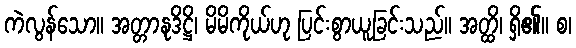
ကဲလွန်သော။ အတ္တာနုဒိဋ္ဌိ၊ မိမိကိုယ်ဟု ပြင်းစွာယူခြင်းသည်။ အတ္ထိ၊ ရှိ၏။ စ၊